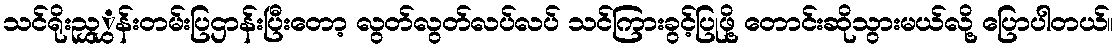
သင်ရိုးညွှွှန်းတမ်းပြဌာန်းပြီးတော့ လွတ်လွတ်လပ်လပ် သင်ကြားခွင့်ပြုဖို့ တောင်းဆိုသွားမယ်လို့ ပြောပါတယ်။